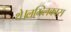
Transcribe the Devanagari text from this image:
थे।लम्ब्लिकास